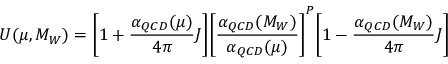
U ( \mu , M _ { W } ) = \Biggl \lbrack 1 + { \frac { \alpha _ { Q C D } ( \mu ) } { 4 \pi } } J \Biggl \rbrack \Biggl \lbrack { \frac { \alpha _ { Q C D } ( M _ { W } ) } { \alpha _ { Q C D } ( \mu ) } } \Biggl \rbrack ^ { P } \Biggl \lbrack 1 - { \frac { \alpha _ { Q C D } ( M _ { W } ) } { 4 \pi } } J \Biggl \rbrack